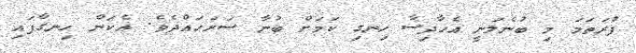
ފުރަތަމަ މި ބުނެލަނީ އެހާދިސާ ހިނގި ކަމަށް ބުނާ ސަރަހައްދެވެ. އެކަން ހިނގާފައި